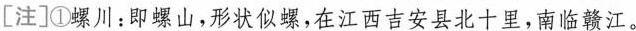
[注]①螺川：即螺山，形状似螺，在江西吉安县北十里，南临赣江。